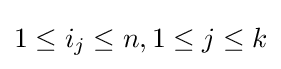
1\leq i_{j}\leq n,1\leq j\leq k